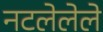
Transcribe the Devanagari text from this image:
नटलेलेले